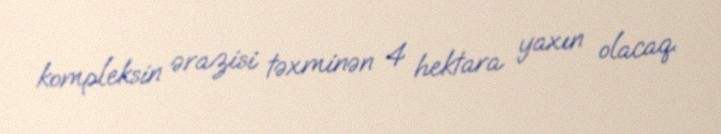
kompleksin ərazisi təxminən 4 hektara yaxın olacaq.